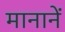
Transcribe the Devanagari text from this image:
मानानें